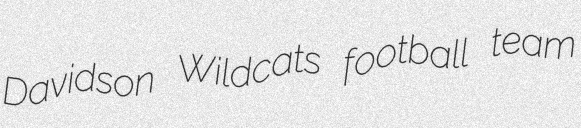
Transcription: Davidson Wildcats football team